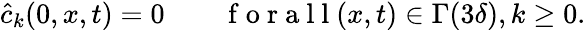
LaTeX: \begin{array}{r}{\hat{c}_{k}(0,x,t)=0\qquad\mathrm{~f~o~r~a~l~l~}(x,t)\in\Gamma(3\delta),k\geq 0.}\end{array}